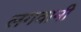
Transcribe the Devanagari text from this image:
लगवानी